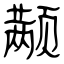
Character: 颟